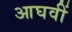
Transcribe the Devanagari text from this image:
आघवीं